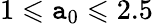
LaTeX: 1\leqslant\mathtt{a}_{0}\leqslant2.5